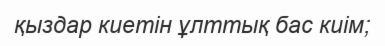
қыздар киетін ұлттық бас киім;